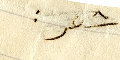
شعر :